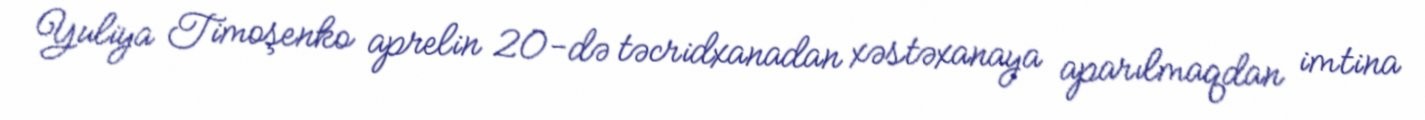
Yuliya Timoşenko aprelin 20-də təcridxanadan xəstəxanaya aparılmaqdan imtina